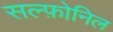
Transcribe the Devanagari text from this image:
सल्फ़ोनिल